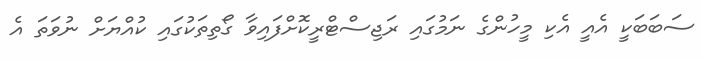
ސަބަބަކީ އެއީ އެކި މީހުންގެ ނަމުގައި ރަޖިސްޓްރީކޮށްފައިވާ ގޯތިތަކުގައި ކުއްޔަށް ނުވަތަ އެ